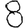
Digit: 8